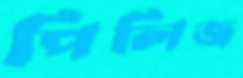
পিলিজ